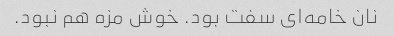
نان خامه‌ای سفت بود. خوش مزه هم نبود.